Civil Veterinary Department Bengal reports 1933-51 - 1933-1951
Year: 1933
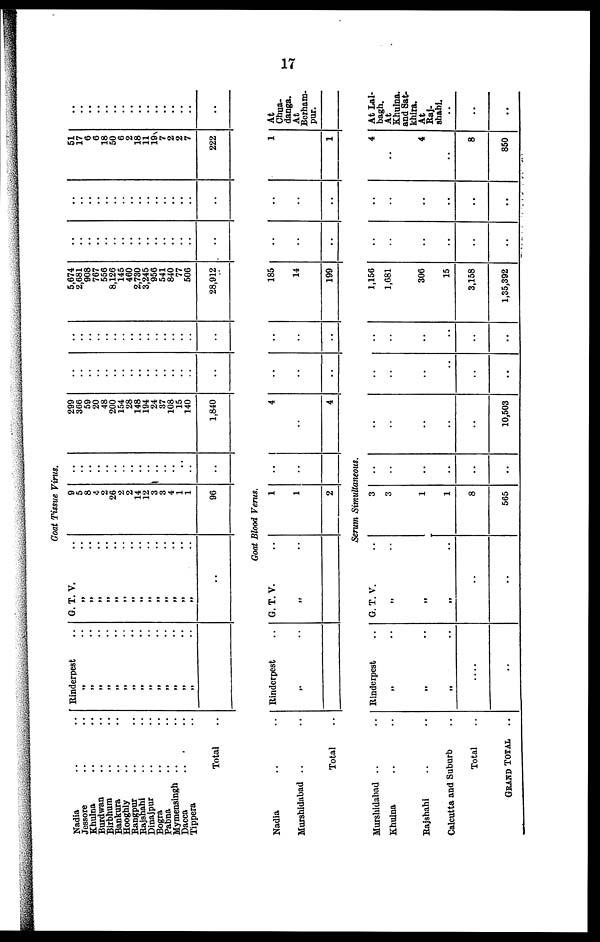
17
Nadia
..
..
Jessore .. ..
Khulna
..
..
Burdwan .. ..
Birbhum
..
..
Bankura .. ..
Hooghly .. ..
Rangpur .. ..
Rajshahi
..
..
Dinajpur .. ..
Bogra .. ..
Pabna
..
..
Mymensingh ..
..
Dacca
Tippera ..
Total ..
Nadia .. ..
Murshidabad .. ..
Total ..
Murshidabad .. ..
Khulna .. ..
Rajshahi .. ..
Calcutta and Suburb ..
Total ..
GRAND TOTAL ..
Rinderpest ..
„ ..
„ ..
„ ..
„ .. „ ..
„ ..
„ ..
„ ..
„ ..
„ ..
„ ..
„ ..
„ ..
„ ..
„ ..
Rinderpest ..
„ ..
Rinderpest ..
„ ..
„ ..
„ ..
....
..
Goat Tissue Virus.
G. T. V. ..
„ ..
„ ..
„ ..
„ .. „ ..
„ ..
„ .. „ ..
„ .. „ ..
„ ..
„ ..
„ .. „ ..
„ ..
..
9
5
8
4
2
26
2
2
14
12
3
3
4
1
1
96
Goat Blood Verus.
G. T. V. ..
„ ..
1
1
2
..
..
..
..
..
..
..
.. ..
..
..
..
..
..
..
..
..
..
..
Serum Simultaneous.
G. T. V. ..
„ ..
„
„ ..
..
..
3
3
1
1
8
565
..
..
..
..
..
..
299
366
59
20
48
200
154
28
148
194
24
37
108
15
140
1,840
4
..
4
..
..
..
..
..
10,503
..
..
..
..
..
..
..
.. ..
..
..
..
..
..
..
..
..
..
..
..
..
..
..
..
..
..
..
..
..
..
..
.. ..
..
..
..
..
..
..
..
..
..
..
..
..
..
..
..
..
5,674
2,681
908
767
556
8,126
145
460
2,730
3,245
956
541
840
77
506
28,912
185
14
199
1,156
1,681
306
15
3,158
1,35,392
..
..
..
..
..
..
..
.. ..
..
..
..
..
..
..
..
..
..
..
..
..
..
..
..
..
..
..
..
..
..
..
..
.. ..
..
..
..
..
..
..
..
..
..
..
..
..
..
..
..
..
51
17
6
6
18
50
6
2
18
11
19
7
2
2
7
222
1
1
4
..
4
..
8
850
..
..
..
..
..
..
..
.. ..
..
..
..
..
..
..
..
At
Chua-
danga.
At
Berham-
pur.
At Lalbagh.
At
Khulna.
and Satkhira.
At
Rajshahi.
..
..
..